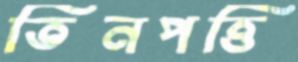
তিনপত্তি